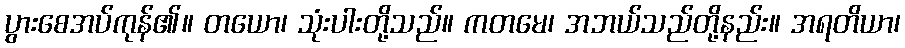
ပွားစေအပ်ကုန်၏။ တယော၊ သုံးပါးတို့သည်။ ကတမေ၊ အဘယ်သည်တို့နည်း။ အရတိယာ၊